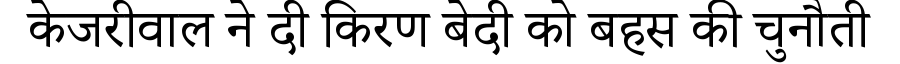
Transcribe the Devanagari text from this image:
केजरीवाल ने दी किरण बेदी को बहस की चुनौती